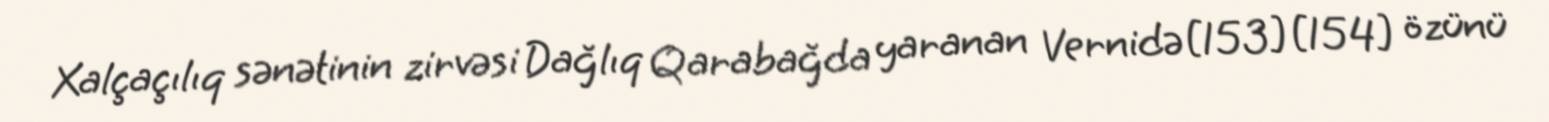
Xalçaçılıq sənətinin zirvəsi Dağlıq Qarabağda yaranan Vernidə[153][154] özünü